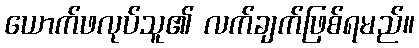
ယောက်ဖလုပ်သူ၏ လက်ချက်ဖြစ်ရမည်။